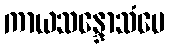
ကာယသန္ဒောသံပေ